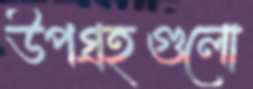
উপগ্রহগুলো